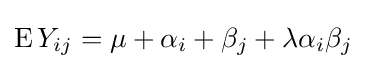
\operatorname {E} Y_{ij}=\mu +\alpha _{i}+\beta _{j}+\lambda \alpha _{i}\beta _{j}